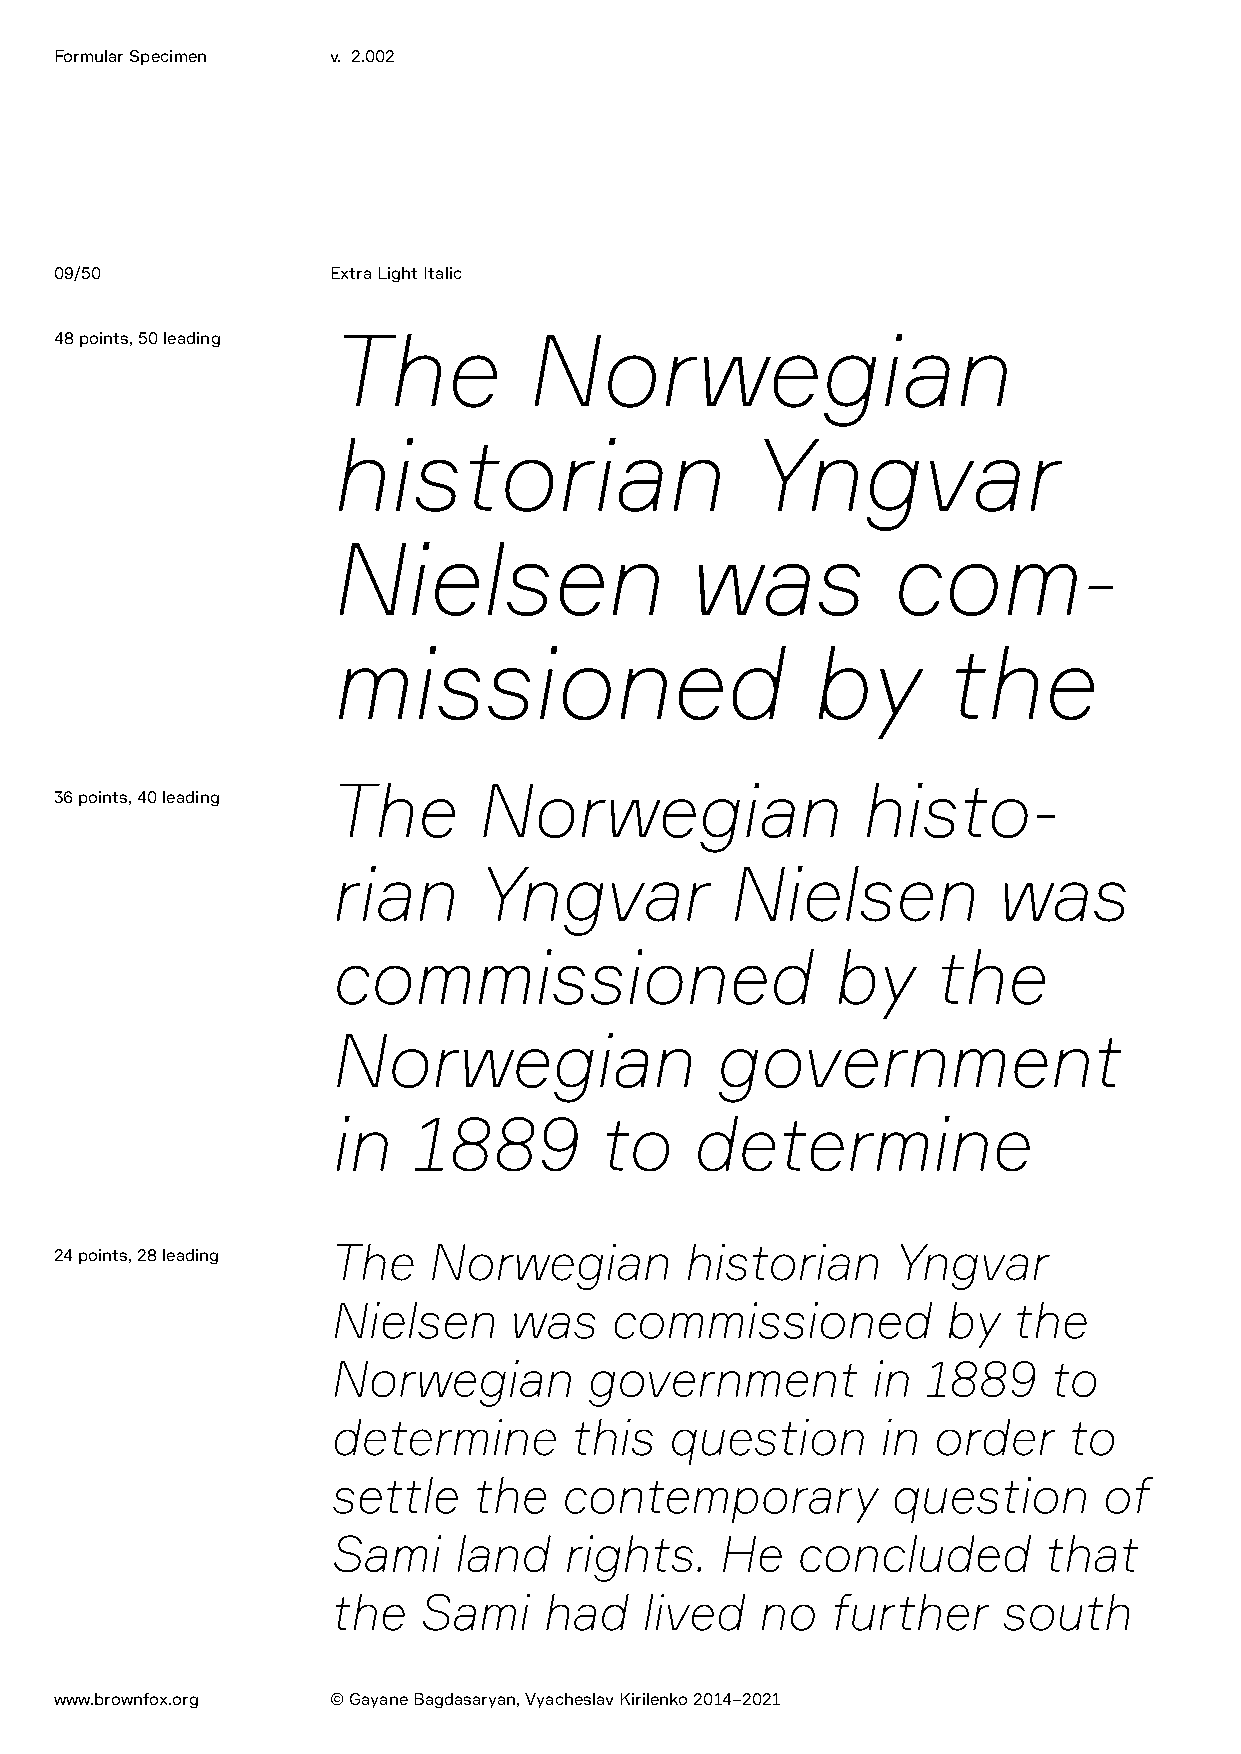
Formular Specimen v. 2.002
 09/50             Extra Light Italic
 48 points, 50 leading The      Norwegian
 historian                   Yngvar
 Nielsen                 was          com-
 missioned                       by       the
 The       Norwegian                histo-
 36 points, 40 leading
 rian      Yngvar          Nielsen           was
 commissioned                     by     the
 Norwegian                government
 in   1889         to    determine
 The   Norwegian        historian     Yngvar
 24 points, 28 leading
 Nielsen     was   commissioned          by   the
 Norwegian        government         in 1889    to
 determine       this  question      in  order    to
 settle   the   contemporary          question      of
 Sami    land   rights.    He   concluded       that
 the   Sami    had   lived   no   further    south
 www.brownfox.org  © Gayane Bagdasaryan, Vyacheslav Kirilenko 2014–2021